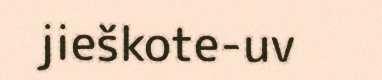
jieškote-uv